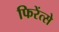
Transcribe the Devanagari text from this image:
फिरेंत्से